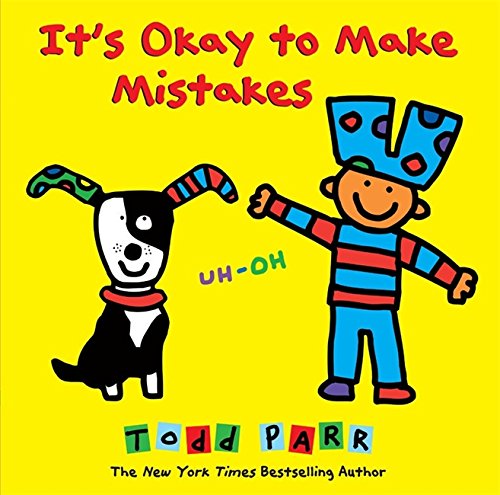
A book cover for It's Okay to Make Mistakes; Children's Books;